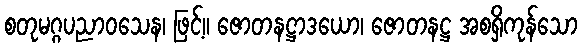
စတုမဂ္ဂပညာဝသေန၊ ဖြင့်။ ဇောတနဋ္ဌာဒယော၊ ဇောတနဋ္ဌ အစရှိကုန်သော